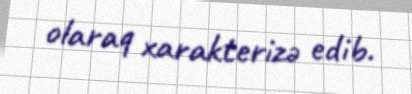
olaraq xarakterizə edib.